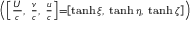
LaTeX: \scriptstyle \left( \left[ { \frac { U } { c } } , \ { \frac { v } { c } } , \ { \frac { u } { c } } \right] = \left[ \operatorname { t a n h } \xi , \ \operatorname { t a n h } \eta , \ \operatorname { t a n h } \zeta \right] \right)